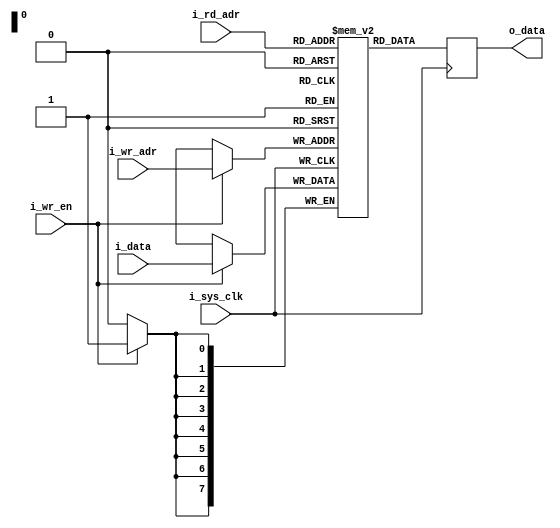
// This program was cloned from: https://github.com/lekgolo167/enxor-logic-analyzer
// License: GNU General Public License v3.0

`timescale 1ns / 1ps
//////////////////////////////////////////////////////////////////////////////////
// Company: 
// 
// Design Name: 
// Module Name: sram
// Project Name: Enxor Logic Analyzer
// Target Devices: 
// Tool Versions: 
// Description: 
// 
//      Copyright (C) 2021  Matthew Crump
//
// 		This program is free software: you can redistribute it and/or modify
// 		it under the terms of the GNU General Public License as published by
// 		the Free Software Foundation, either version 3 of the License, or
// 		(at your option) any later version.
//
// 		This program is distributed in the hope that it will be useful,
// 		but WITHOUT ANY WARRANTY; without even the implied warranty of
// 		MERCHANTABILITY or FITNESS FOR A PARTICULAR PURPOSE.  See the
// 		GNU General Public License for more details.
//
// 		You should have received a copy of the GNU General Public License
// 		along with this program.  If not, see <https://www.gnu.org/licenses/>.
//
// Dependencies: 
// 
// Revision:
// Revision 0.01 - File Created
// Additional Comments:
// 
//////////////////////////////////////////////////////////////////////////////////


module sram #(parameter ADDR_WIDTH = 8, DATA_WIDTH = 8, DEPTH = 256)(
    input i_sys_clk,
    input [ADDR_WIDTH-1:0] i_wr_adr,
    input [ADDR_WIDTH-1:0] i_rd_adr,
    input i_wr_en,
    input [DATA_WIDTH-1:0] i_data,
    output reg [DATA_WIDTH-1:0] o_data
    );
    
    reg [DATA_WIDTH-1:0] memory_array [0:DEPTH-1]; 

    always @(posedge i_sys_clk) begin
        if(i_wr_en) begin
            memory_array[i_wr_adr] <= i_data;
        end
        o_data <= memory_array[i_rd_adr];
    end // End always
    
endmodule